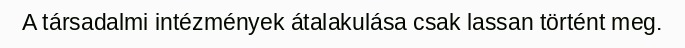
A társadalmi intézmények átalakulása csak lassan történt meg.